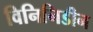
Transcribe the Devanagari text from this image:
विनिनिडीन